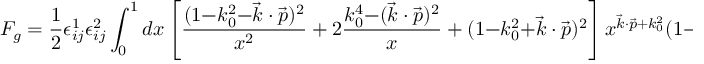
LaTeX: F _ { g } = { \frac { 1 } { 2 } } \epsilon _ { i j } ^ { 1 } \epsilon _ { i j } ^ { 2 } \int _ { 0 } ^ { 1 } d x \left[ { \frac { ( 1 { - } k _ { 0 } ^ { 2 } { - } \vec { k } \cdot \vec { p } ) ^ { 2 } } { x ^ { 2 } } } + 2 { \frac { k _ { 0 } ^ { 4 } { - } ( \vec { k } \cdot \vec { p } ) ^ { 2 } } { x } } + ( 1 { - } k _ { 0 } ^ { 2 } { + } \vec { k } \cdot \vec { p } ) ^ { 2 } \right] x ^ { \vec { k } \cdot \vec { p } + k _ { 0 } ^ { 2 } } ( 1 - x ) ^ { - 2 k _ { 0 } ^ { 2 } } \, .